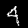
Digit: 4